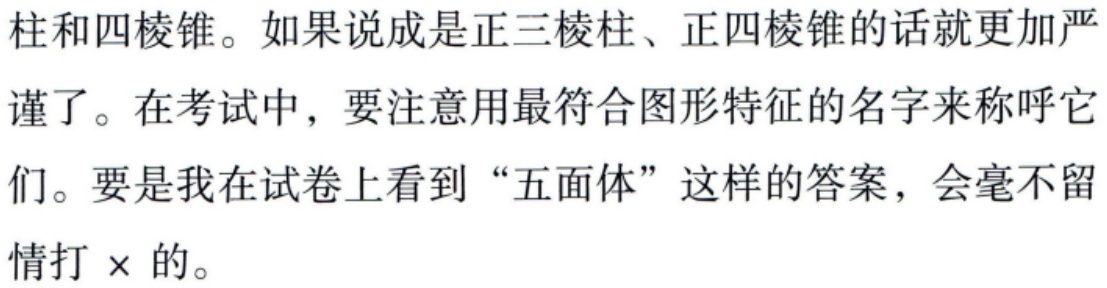
柱和四棱锥。如果说成是正三棱柱、正四棱锥的话就更加严谨了。在考试中，要注意用最符合图形特征的名字来称呼它们。要是我在试卷上看到“五面体”这样的答案，会毫不留情打$\times$的。